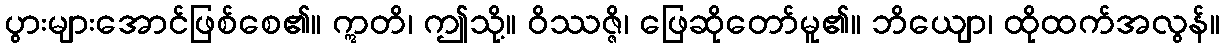
ပွားများအောင်ဖြစ်စေ၏။ ဣတိ၊ ဤသို့။ ဝိဿဇ္ဇိ၊ ဖြေဆိုတော်မူ၏။ ဘိယျော၊ ထိုထက်အလွန်။